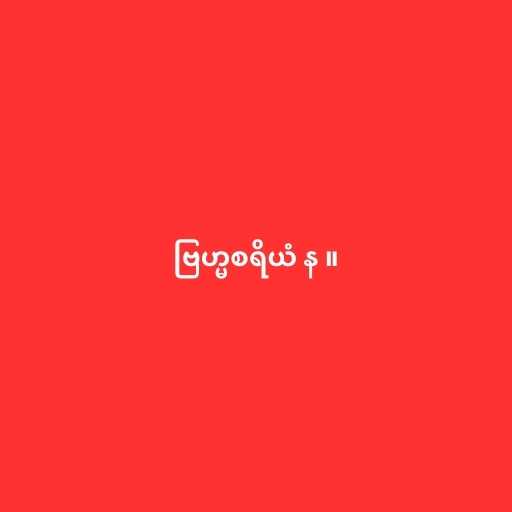
ဗြဟ္မစရိယံ န ။